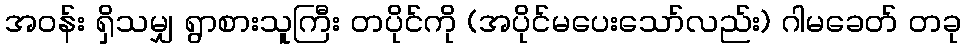
အဝန်း ရှိသမျှ ရွာစားသူကြီး တပိုင်ကို (အပိုင်မပေးသော်လည်း) ဂါမခေတ် တခု